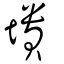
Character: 墤